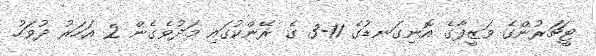
ޓީޗަރުންގެ ވަޒީފާގެ އޮނިގަނޑުގެ 11-3 ގެ ރޭންކުގައި މަދުވެގެން 2 އަހަރު ދުވަހު